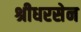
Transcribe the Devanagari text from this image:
श्रीधरसेन